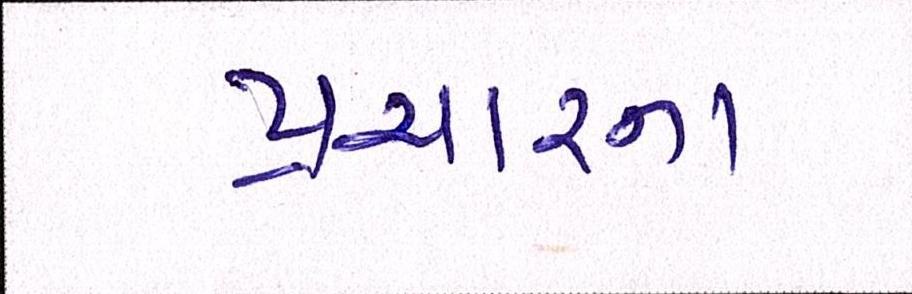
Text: પ્રચારના